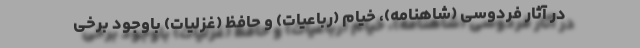
در آثار فردوسی (شاهنامه)، خیام (رباعیات) و حافظ (غزلیات) باوجود برخی